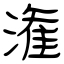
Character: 潅